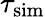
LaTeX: \tau_{\textrm{sim}}